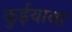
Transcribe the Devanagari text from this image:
कुईयाबा